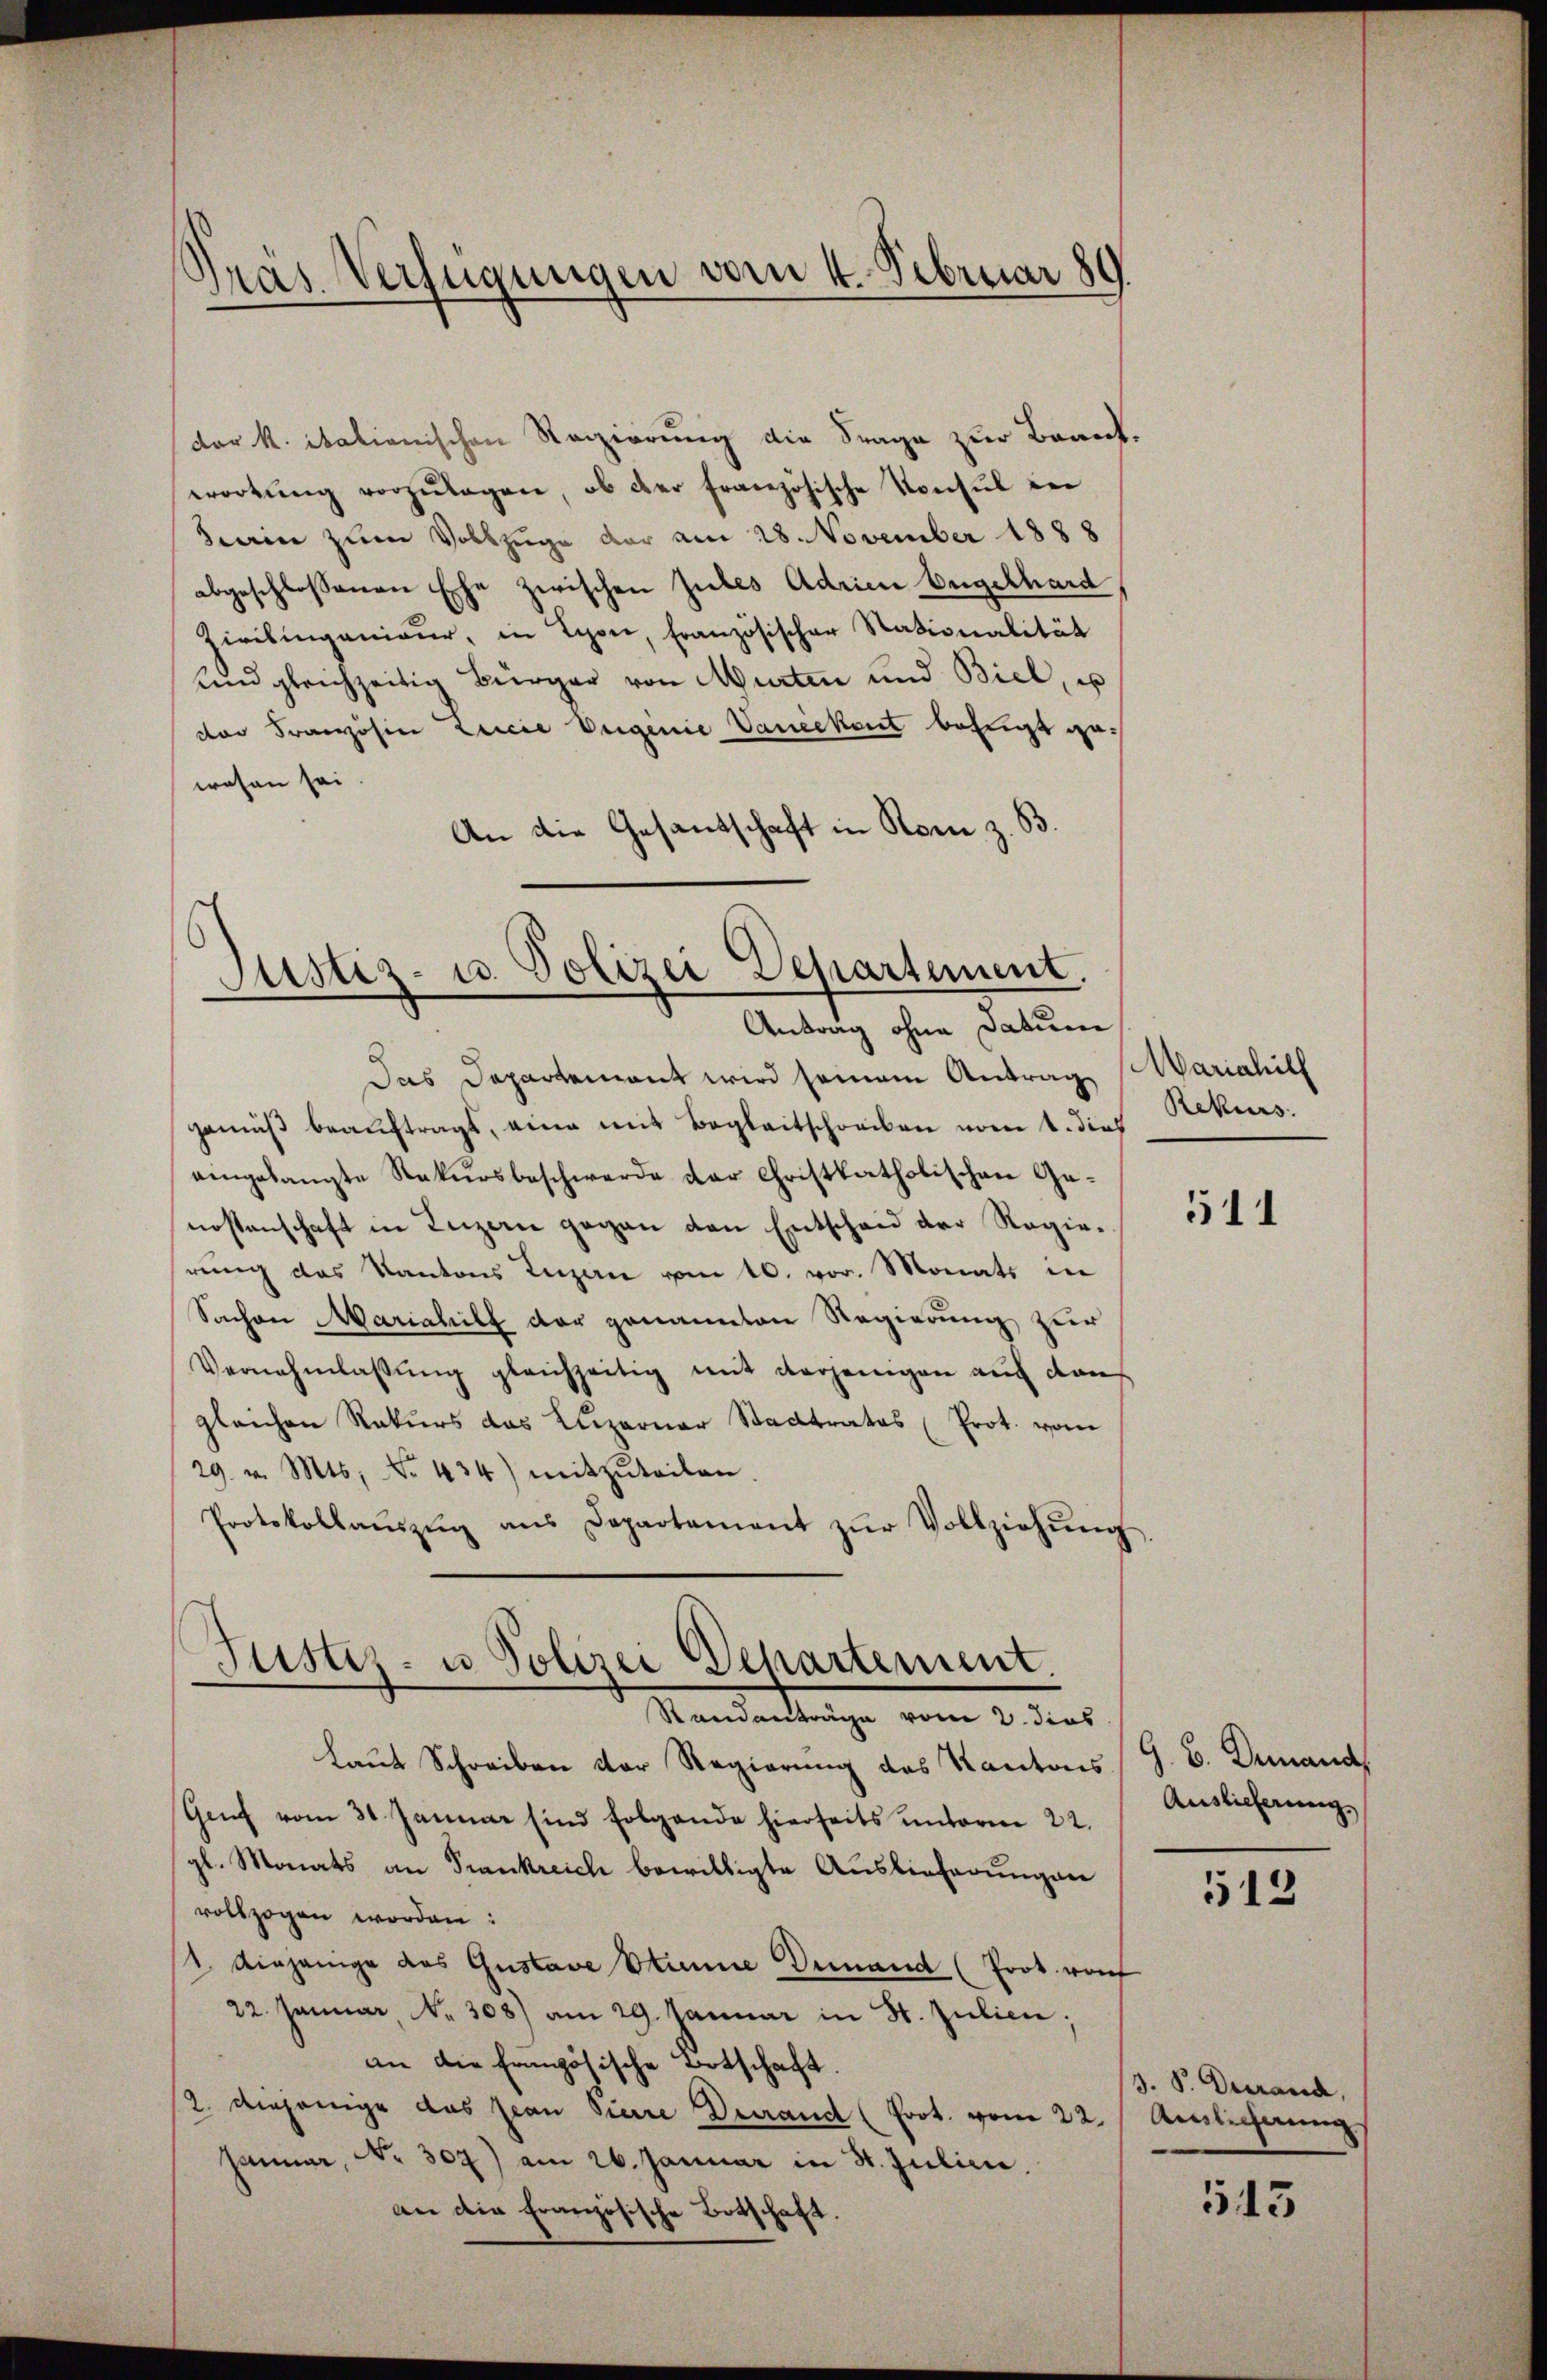
der K. itationischen Regierung die Frage zur Braut.
wortŭng vorzŭlagen, ob der französische Konsul in
Harin zum Vollzuge der am 28. November 1888
abgeschlossenen Ehe zwischen Gutes Adrien begelhard
Zirlingenieur, in Lyon, französischer Nationalität
und gleichzeitig Bürger von Murten und Biel, u
der Französin Licie Vergenie Vanickent befugt gewesen sei.
An die Gesandschaft in Rom z. 63

Präs. Verfügungen vom 4. Februar 189.

Justiz- u. Polizei Departement.
Antrag ohne Datum

Das Departement wird seinem Antrag Mariahilf
gemäβ beaŭftragt, eine mit Begleitschreiben vom 1. dies Rekurs.
eingelangte Rekursbeschwerde der Christkatholischen Genossenschaft in Luzern gegen den Entscheid der Regierung des Kantons Luzern vom 10. vor. Monats in
Sachen Mariahilf der genannten Regierung zur
Vernehmlassŭng gleichzeitig mit derjenigen aŭf dan
gleichen Rekurs das Luzerner Stadtrates (Prot. vom
29. v. Mts. No. 434) mitzuteilen
Protokollaŭszŭg ans Departement zŭr Vollziehŭng.

Justiz- u. Polizei Departement.
Standanträge vom 2. dies

laut Schreiben der Regierung des Kantons G. B. Genand
Genf vom 31. Januar sind folgende hierseits unterm 22.
gl. Monats an Frankreich bewilligte Auslieferungen
vollzogen worden:
1 einjenige des Gustave Stime Demand (Prot. von
22. Januar No. 308) am 29. Januar in St. Julien;
an die Französische Botschaft.
12. diejenige das Jean Pierre Durand (Prot. vom 22. Aelichung
sanner, No 302) am 26. Januar in St. Julian,
an die Französische Botschaft.

511

Auslieferung,

512

3. P. Dierand,

543